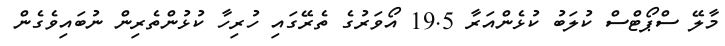
މާލޭ ސްޕޯޓްސް ކުލަބު ކުޅެންއަރާ 19.5 އޯވަރުގެ ތެރޭގައި ހުރިހާ ކުޅުންތެރިން ނުބައިވެގެން